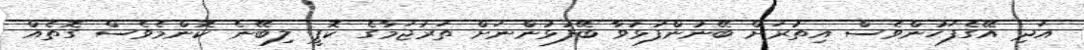
އަދި އޭގެފަހުންވެސް އިތުރަށް ބޭނުންފުޅުވާ ބޭފުޅުންނަށް ތަރުޖަމާގެ ކޮޕީ ލިބޭނެ ކޮންމެވެސް ގޮތެއް